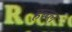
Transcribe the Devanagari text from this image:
हब्ब्ल